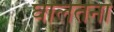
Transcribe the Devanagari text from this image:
घालतना